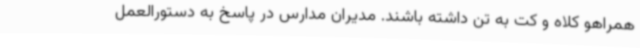
همراهو کلاه و کت به تن داشته باشند. مدیران مدارس در پاسخ به دستورالعمل